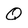
Character: Q